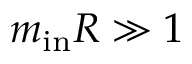
m _ { \mathrm { i n } } R \gg 1